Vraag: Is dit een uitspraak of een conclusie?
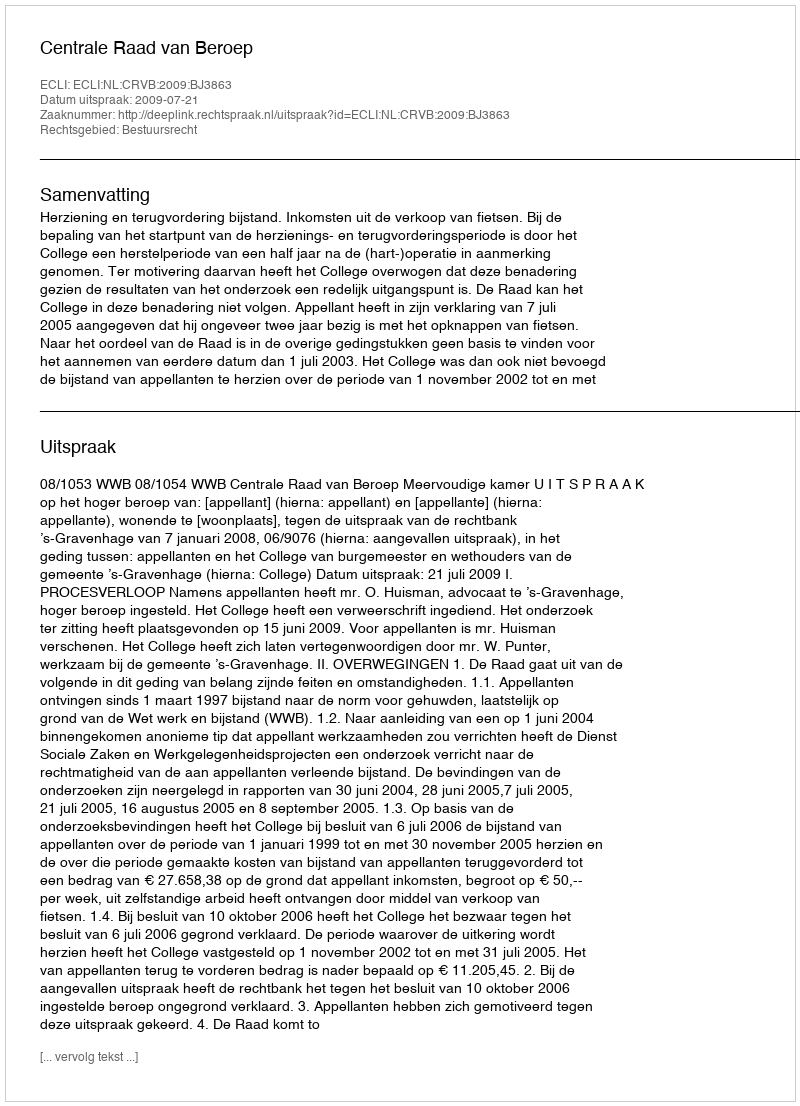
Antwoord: Uitspraak